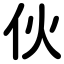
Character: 伙